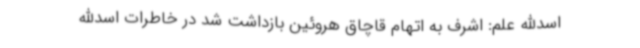
اسدالله علم: اشرف به اتهام قاچاق هروئین بازداشت شد در خاطرات اسدالله